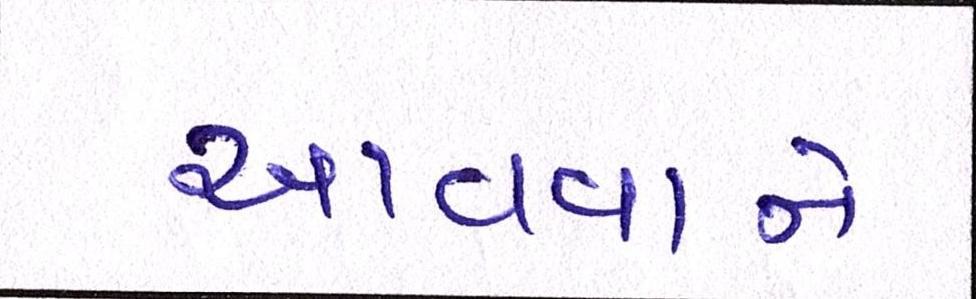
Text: આવવાને